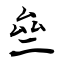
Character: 亝